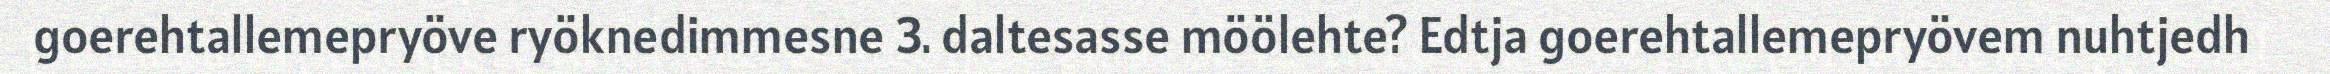
goerehtallemepryöve ryöknedimmesne 3. daltesasse möölehte? Edtja goerehtallemepryövem nuhtjedh